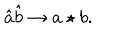
\hat { a } \hat { b } \rightarrow a \star b .